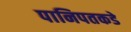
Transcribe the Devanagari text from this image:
पानिपतकडे